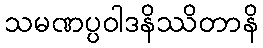
သမဏပ္ပဝါဒနိဿိတာနိ